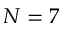
N = 7